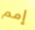
إمم